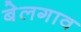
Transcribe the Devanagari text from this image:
बेलगाव